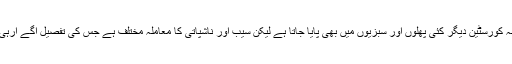
اگرچہ کورسٹین دیگر کئی پھلوں اور سبزیوں میں بھی پایا جاتا ہے لیکن سیب اور ناشپاتی کا معاملہ مختلف ہے جس کی تفصیل آگے آرہی ہے۔